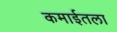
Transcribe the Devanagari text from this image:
कमाईतला